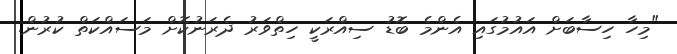
"މިހާ ހިސާބަށް އައުމުގައި އެންމެ ބޮޑު ސިއްރަކީ ހިތްވަރު ދެރަނުކޮށް މަސައްކަތް ކުރުން.